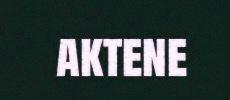
aktene